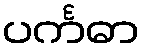
ပင်္ကဓာ